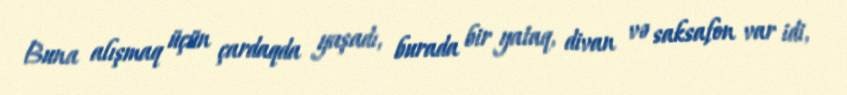
Buna alışmaq üçün çardaqda yaşadı, burada bir yataq, divan və saksafon var idi,